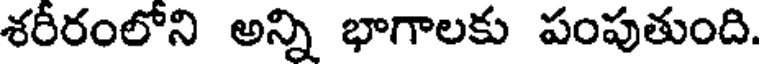
శరీరంలోని అన్ని భాగాలకు పంపుతుంది.